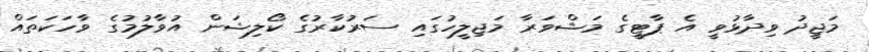
މަޖީދު ވިދާޅުވީ އެ ޕާޓީގެ މަޝްވަރާ މަޖިލީހުގައި ސަރުކާރުގެ ކޯލިޝަން އުވާލުމުގެ ވާހަކަތައް